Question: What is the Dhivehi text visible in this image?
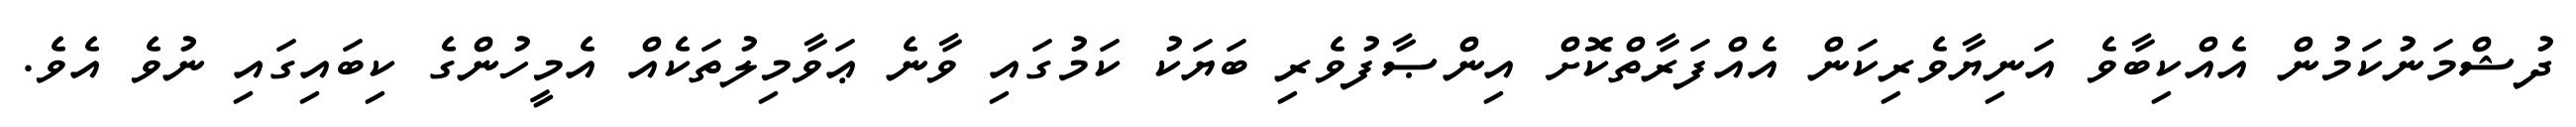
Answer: ދުޝްމަނުކަމުން އެއްކިބާވެ އަނިޔާވެރިކަން އެއްފަރާތްކޮށް އިންޞާފުވެރި ބަޔަކު ކަމުގައި ވާނެ ޢަވާމިލުތަކެއް އެމީހުންގެ ކިބައިގައި ނުވެ އެވެ.